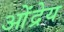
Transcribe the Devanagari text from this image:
ओंद्रेय